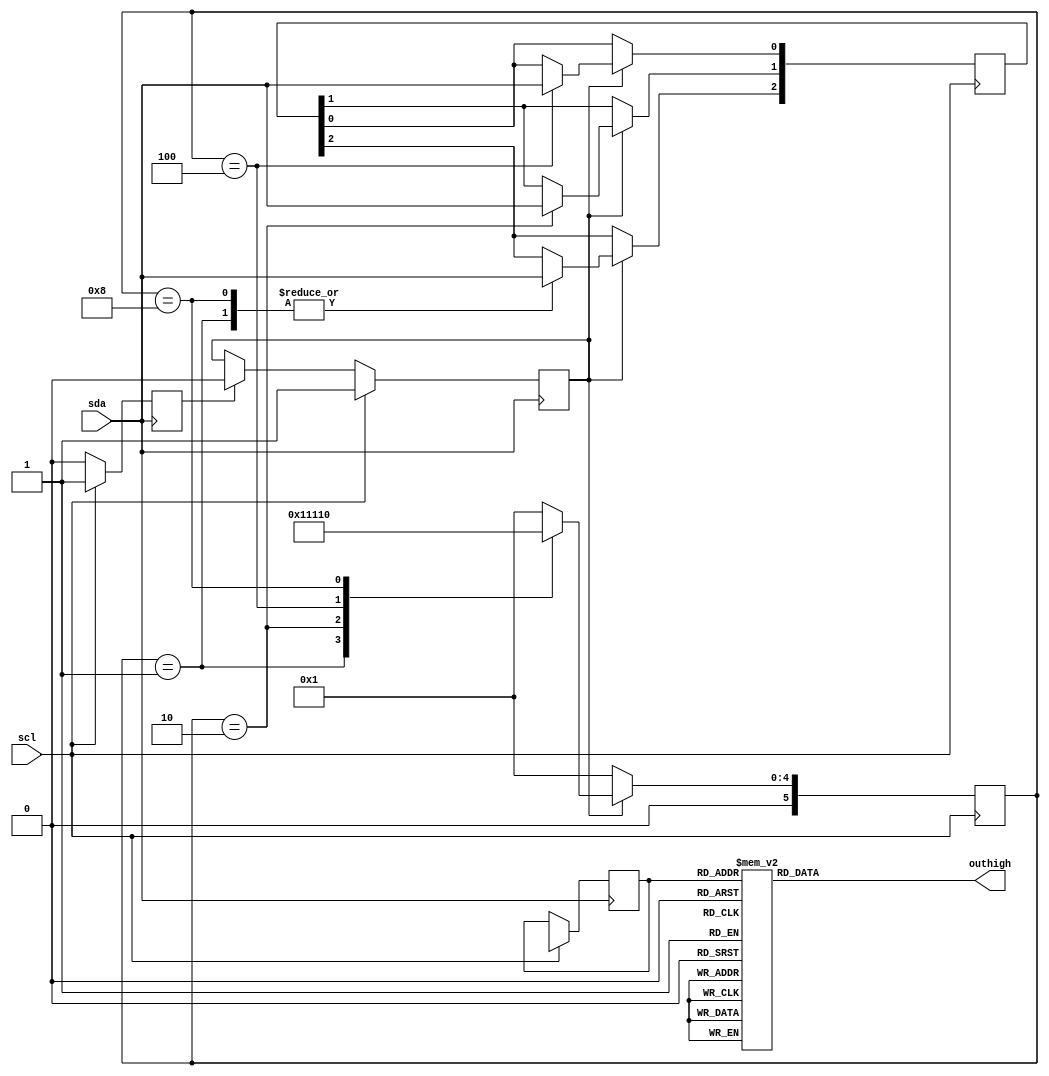
module out16hi(scl,sda,outhigh);
input scl,sda;
output [15:0] outhigh;
reg [5:0] mstate;
reg [3:0] pdata,padatabuf;
reg [15:0] outhigh;
reg StartFlag,EndFlag;
always @(negedge sda) begin
    if(scl)
    begin
      StartFlag<=1;
    end
    else if(EndFlag)
        StartFlag<=0;
    end

always @(posedge sda ) begin
    if(scl)
    begin
        EndFlag<=1;
        padatabuf<=pdata;
    end
    else
        EndFlag<=0;
    end
parameter ready = 6'b00_0000,
          sbit0 = 6'b00_0001,
          sbit1 = 6'b00_0010,
          sbit2 = 6'b00_0100,
          sbit3 = 6'b00_1000,
          sbit4 = 6'b01_0000;
always @(padatabuf) begin
    case(padatabuf)
        4'b0001:outhigh = 16'b0000_0000_0000_0001;
        4'b0010:outhigh = 16'b0000_0000_0000_0010;
        4'b0011:outhigh = 16'b0000_0000_0000_0100;
        4'b0100:outhigh = 16'b0000_0000_0000_1000;
        4'b0101:outhigh = 16'b0000_0000_0001_0000;
        4'b0110:outhigh = 16'b0000_0000_0010_0000;
        4'b0111:outhigh = 16'b0000_0000_0100_0000;
        4'b1000:outhigh = 16'b0000_0000_1000_0000;
        4'b1001:outhigh = 16'b0000_0001_0000_0000;
        4'b1010:outhigh = 16'b0000_0010_0000_0000;
        4'b1011:outhigh = 16'b0000_0100_0000_0000;
        4'b1100:outhigh = 16'b0000_1000_0000_0000;
        4'b1101:outhigh = 16'b0001_0000_0000_0000;
        4'b1110:outhigh = 16'b0010_0000_0000_0000;
        4'b1111:outhigh = 16'b0100_0000_0000_0000;
        4'b0000:outhigh = 16'b1000_0000_0000_0000;
    endcase
end
always @(posedge scl ) begin
    if(StartFlag)
        case(mstate)
            sbit0: begin
                mstate<=sbit1;
                pdata[3]<=sda;
                $display("I am in sdabit0");
            end
            sbit1: begin
                mstate<=sbit2;
                pdata[2]<=sda;
                $display("I am in sdabit1");
            end
            sbit2: begin
                mstate<=sbit3;
                pdata[1]<=sda;
                $display("I am in sdabit2");
            end
            sbit3: begin
                mstate<=sbit4;
                pdata[3]<=sda;
                $display("I am in sdabit3");
            end
            sbit4: begin
                mstate<=sbit0;
                $display("I am in sdastop");
            end
            default: mstate<=sbit0;
        endcase
    else mstate<=sbit0;
end
endmodule